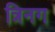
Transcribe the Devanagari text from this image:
त्रिनग